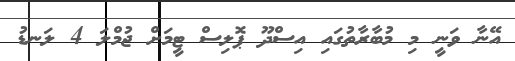
އޭނާ ވަނީ މި މުބާރާތުގައި އިސްދޫ ޕޮލިސް ޓީމަށް ޖުމްލަ 4 ލަނޑު